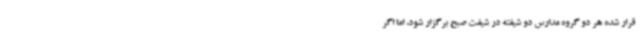
قرار شده هر دو گروه مدارس دو شیفته در شیفت صبح برگزار شود، اما اگر